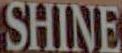
SHINE